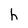
Character: h